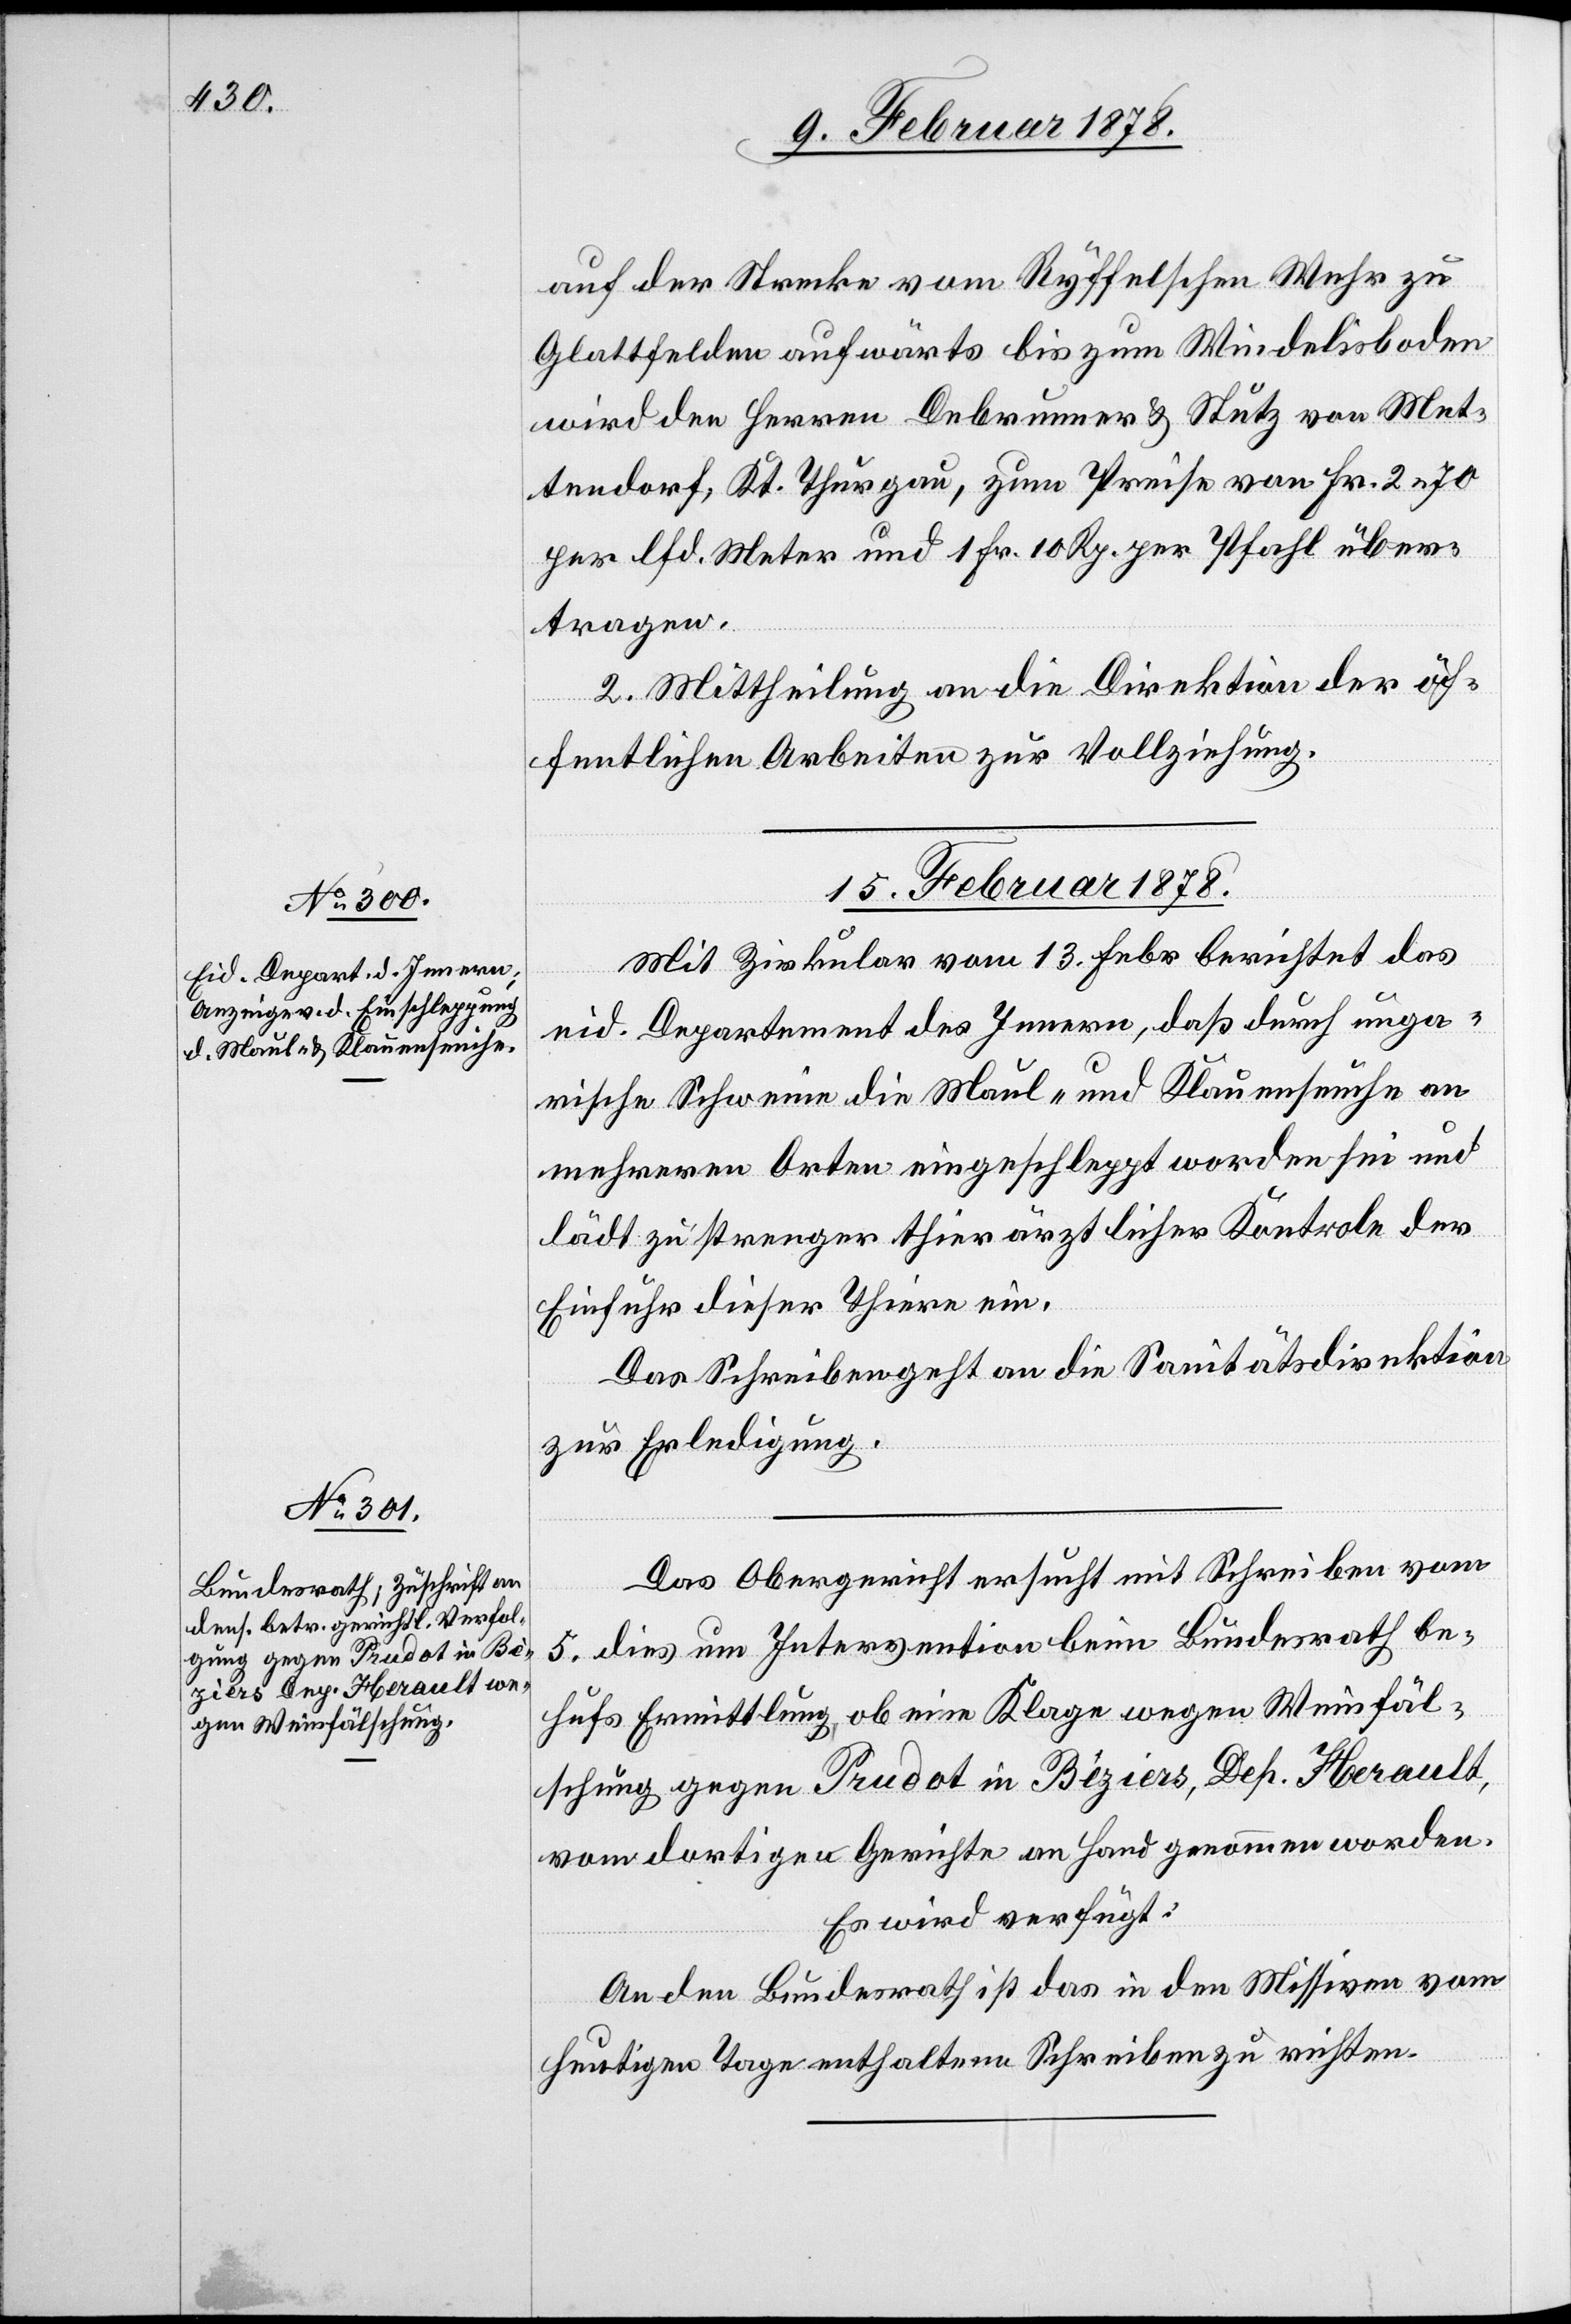
auf der Strecke vom Ryffelschen Wehr zu
Glattfelden aufwärts bis zum Windelisboden
wird den Herren Debrunner & Stutz von Met¬
tendorf, Kt. Thurgau, zum Preise von Fr. 2. 70
per lfd. Meter und 1 Fr. 10 Rp. per Pfahl über¬
tragen.
2. Mittheilung an die Direktion der öf¬
fentlichen Arbeiten zur Vollziehung.
15. Februar 1878.]
Mit Zirkular vom 13. Febr. berichtet das
eid. Departement des Innern, daß durch unga¬
rische Schweine die Maul- und Klauenseuche an
mehreren Orten eingeschleppt worden sei und
lädt zu strenger thierärztlichen Kontrole der
Einfuhr dieser Thiere ein.
Das Schreiben geht an die Sanitätsdirektion
zur Erledigung.
Das Obergericht ersucht mit Schreiben vom
5. dies um Intervention beim Bundesrath be¬
hufs Ermittlung, ob eine Klage wegen Weinfäl¬
schung gegen Prudot in Béziers [sic!], Dep. Herault,
vom dortigen Gerichte an Hand genommen worden.
Es wird verfügt:
An den Bundesrath ist das in den Missiven vom
heutigen Tage enthaltene Schreiben zu richten.